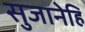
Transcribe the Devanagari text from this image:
सुजानेहि